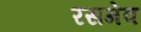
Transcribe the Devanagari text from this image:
रसमेव